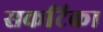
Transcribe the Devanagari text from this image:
सकटिका